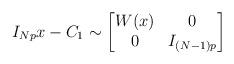
LaTeX: \begin{align*}I_{Np}x-C_1\sim \begin{bmatrix}W(x) & 0\\0 & I_{(N-1)p}\end{bmatrix}\end{align*}